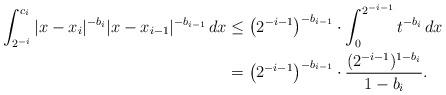
LaTeX: \begin{align*}\int_{2^{-i}}^{c_i} |x-x_i|^{-b_i} |x-x_{i-1}|^{-b_{i-1}} \, dx & \leq \left( 2^{-i-1} \right)^{-b_{i-1}} \cdot \int_{0}^{2^{-i-1}} t^{-b_i} \, dx \\& = \left( 2^{-i-1} \right)^{-b_{i-1}} \cdot \frac{(2^{-i-1})^{1-b_i}}{1-b_i}.\end{align*}